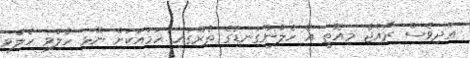
އަދިވެސް ރާއްޖެ މިއޮތީ އެ ހެލުންގަނޑުގެ ތެރޭގައި ހަމައަކަށް ނޭޅި ހެލުވި ހެލުވި